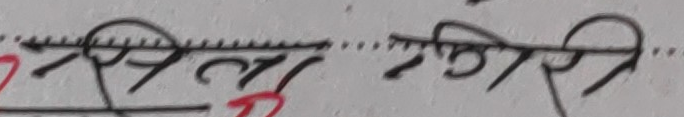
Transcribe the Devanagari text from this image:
सिर्लु गिर्‌रि